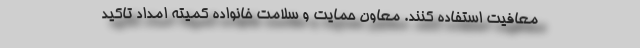
معافیت استفاده کنند. معاون حمایت و سلامت خانواده کمیته امداد تاکید